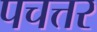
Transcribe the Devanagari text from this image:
पचत्तर